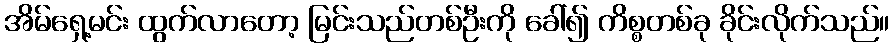
အိမ်ရှေ့မင်း ထွက်လာတော့ မြင်းသည်တစ်ဦးကို ခေါ်၍ ကိစ္စတစ်ခု ခိုင်းလိုက်သည်။